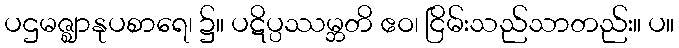
ပဌမဇ္ဈာနုပစာရေ၊ ၌။ ပဋိပ္ပဿမ္ဘတိ ဧဝ၊ ငြိမ်းသည်သာတည်း။ ပ။